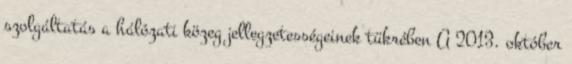
szolgáltatás a hálózati közeg jellegzetességeinek tükrében A 2013. október